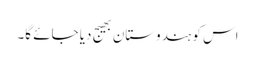
اس کو ہندوستان بھیج دیا جائے گا۔